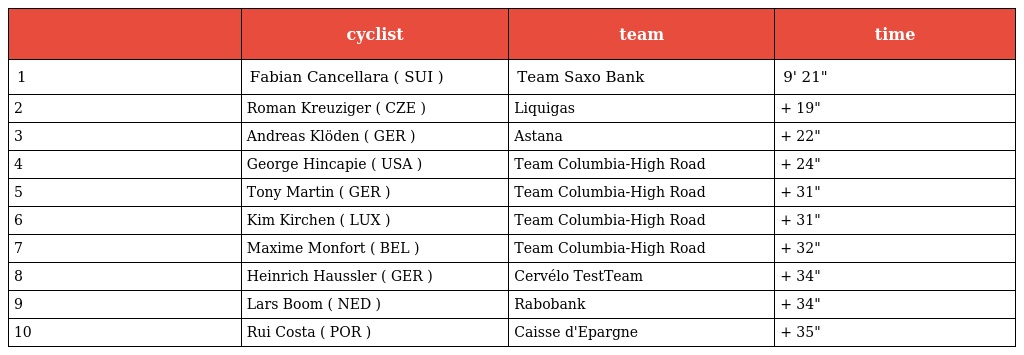
|  | cyclist | team | time |
 | --- | --- | --- | --- |
 | 1 | Fabian Cancellara ( SUI ) | Team Saxo Bank | 9' 21" |
 | 2 | Roman Kreuziger ( CZE ) | Liquigas | + 19" |
 | 3 | Andreas Klöden ( GER ) | Astana | + 22" |
 | 4 | George Hincapie ( USA ) | Team Columbia-High Road | + 24" |
 | 5 | Tony Martin ( GER ) | Team Columbia-High Road | + 31" |
 | 6 | Kim Kirchen ( LUX ) | Team Columbia-High Road | + 31" |
 | 7 | Maxime Monfort ( BEL ) | Team Columbia-High Road | + 32" |
 | 8 | Heinrich Haussler ( GER ) | Cervélo TestTeam | + 34" |
 | 9 | Lars Boom ( NED ) | Rabobank | + 34" |
 | 10 | Rui Costa ( POR ) | Caisse d'Epargne | + 35" |